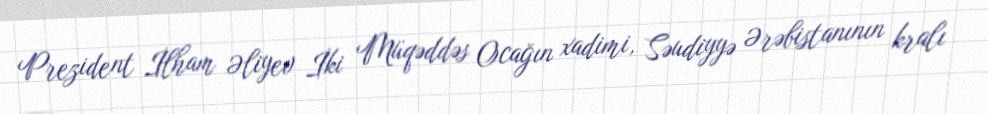
Prezident İlham Əliyev İki Müqəddəs Ocağın xadimi, Səudiyyə Ərəbistanının kralı